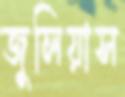
জুলিয়াস